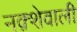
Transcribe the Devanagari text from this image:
नक़्शेवाली